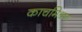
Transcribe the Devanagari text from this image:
काचमिश्रण